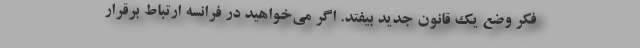
فکر وضع یک قانون جدید بیفتد. اگر می‌خواهید در فرانسه ارتباط برقرار